Manual of the Civil Veterinary Department, Central Provinces and Berar
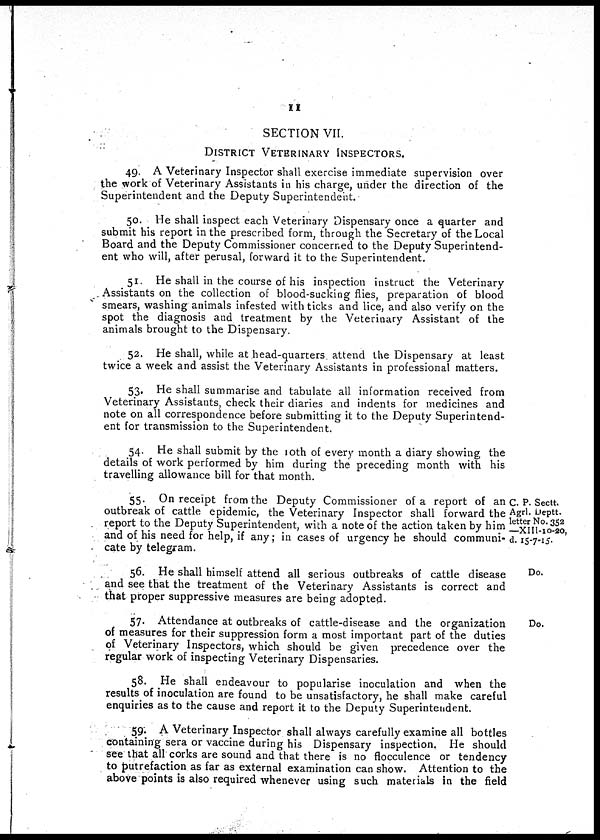
11
SECTION VII.
DISTRICT VETERINARY INSPECTOES.
49. A Veterinary Inspector shall exercise immediate supervision over
the work of Veterinary Assistants in his charge, under the direction of the
Superintendent and the Deputy Superintendent.
50. He shall inspect each Veterinary Dispensary once a quarter and
submit his report in the prescribed form, through the Secretary of the Local
Board and the Deputy Commissioner concerned to the Deputy Superintend-
ent who will, after perusal, forward it to the Superintendent.
51. He shall in the course of his inspection instruct the Veterinary
Assistants on the collection of blood-sucking flies, preparation of blood
smears, washing animals infested with ticks and lice, and also verify on the
spot the diagnosis and treatment by the Veterinary Assistant of the
animals brought to the Dispensary.
52. He shall, while at head-quarters attend the Dispensary at least
twice a week and assist the Veterinary Assistants in professional matters.
53. He shall summarise and tabulate all information received from
Veterinary Assistants, check their diaries and indents for medicines and
note on all correspondence before submitting it to the Deputy Superintend-
ent for transmission to the Superintendent.
54. He shall submit by the 10th of every month a diary showing the
details of work performed by him during the preceding month with his
travelling allowance bill for that month.
C. P. Sectt.
Agrl. Deptt.
letter No. 352
—XIII-10-20,
d. 15-7-15.
55. On receipt from the Deputy Commissioner of a report of an
outbreak of cattle epidemic, the Veterinary Inspector shall forward the
report to the Deputy Superintendent, with a note of the action taken by him
and of his need for help, if any; in cases of urgency he should communi-
cate by telegram.
Do.
56. He shall himself attend all serious outbreaks of cattle disease
and see that the treatment of the Veterinary Assistants is correct and
that proper suppressive measures are being adopted.
Do.
57. Attendance at outbreaks of cattle-disease and the organization
of measures for their suppression form a most important part of the duties
of Veterinary Inspectors, which should be given precedence over the
regular work of inspecting Veterinary Dispensaries.
58. He shall endeavour to popularise inoculation and when the
results of inoculation are found to be unsatisfactory, he shall make careful
enquiries as to the cause and report it to the Deputy Superintendent.
59. A Veterinary Inspector shall always carefully examine all bottles
containing sera or vaccine during his Dispensary inspection. He should
see that all corks are sound and that there is no flocculence or tendency
to putrefaction as far as external examination can show. Attention to the
above points is also required whenever using such materials in the field